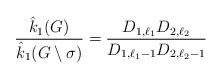
LaTeX: \begin{align*}\dfrac{\hat{k}_1{(G)}}{\hat{k}_1(G\setminus\sigma)}= \dfrac{D_{1,\ell_1}D_{2,\ell_2}}{D_{1,\ell_1-1}D_{2,\ell_2-1}}\end{align*}